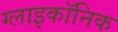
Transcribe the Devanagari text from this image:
ग्लाइकॉनिक